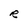
Character: R